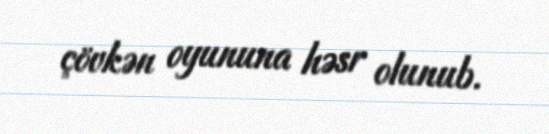
çövkən oyununa həsr olunub.